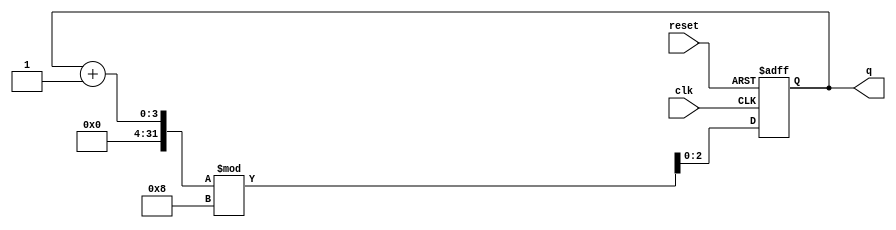
module binary_counter (
    input wire clk,          // Clock signal
    input wire reset,        // Asynchronous reset signal
    output reg [n-1:0] q     // Output representing the current count value
);
    parameter n = 3;         // Number of bits for the counter
    parameter MAX_COUNT = (1 << n) - 1; // Maximum count value (2^n - 1)

    // State transition on the rising edge of the clock
    always @(posedge clk or posedge reset) begin
        if (reset) begin
            q <= 0;          // Reset the counter to 0
        end else begin
            q <= (q + 1) % (MAX_COUNT + 1); // Increment and wrap around
        end
    end
endmodule